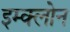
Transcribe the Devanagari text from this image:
इम्‍क्‍लोन